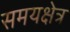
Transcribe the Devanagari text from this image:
समयक्षेत्र